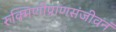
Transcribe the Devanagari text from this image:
रुक्मिणीप्राणसंजीवनं